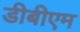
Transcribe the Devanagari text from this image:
डीबीएम